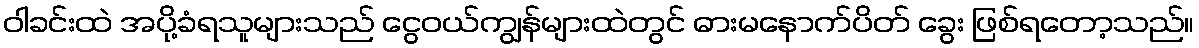
ဝါခင်းထဲ အပို့ခံရသူများသည် ငွေဝယ်ကျွန်များထဲတွင် ဓားမနောက်ပိတ် ခွေး ဖြစ်ရတော့သည်။